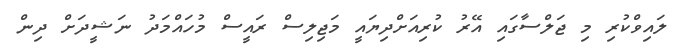
ލައިވްކުރި މި ޖަލްސާގައި އޭރު ކުރިއަށްދިޔައީ މަޖިލިސް ރައީސް މުހައްމަދު ނަޝީދަށް ދިން